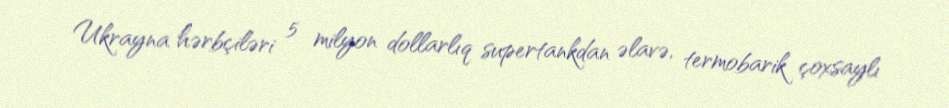
Ukrayna hərbçiləri 5 milyon dollarlıq supertankdan əlavə, termobarik çoxsaylı